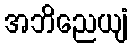
အဘိညေယျံ